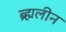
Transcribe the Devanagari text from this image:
ब्र्ह्मलीन